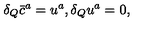
\delta _ { Q } \bar { c } ^ { a } = u ^ { a } , \delta _ { Q } u ^ { a } = 0 ,